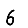
Digit: 6